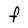
Character: f